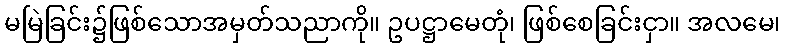
မမြဲခြင်း၌ဖြစ်သောအမှတ်သညာကို။ ဥပဋ္ဌာမေတုံ၊ ဖြစ်စေခြင်းငှာ။ အလမေ၊